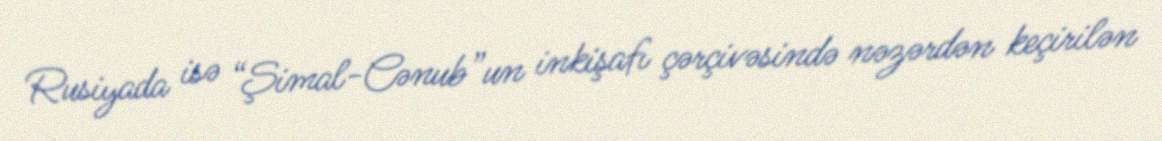
Rusiyada isə “Şimal-Cənub”un inkişafı çərçivəsində nəzərdən keçirilən